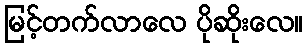
မြင့်တက်လာလေ ပိုဆိုးလေ။